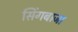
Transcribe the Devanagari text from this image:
सिंगबाजा